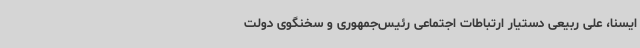
ایسنا، علی ربیعی دستیار ارتباطات اجتماعی رئیس‌جمهوری و سخنگوی دولت